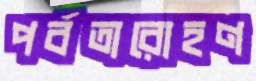
পর্বতারোহণ